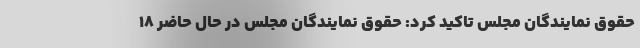
حقوق نمایندگان مجلس تاکید کرد: حقوق نمایندگان مجلس در حال حاضر ۱۸